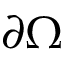
\partial \Omega